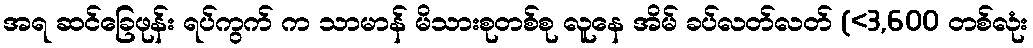
အရ ဆင်ခြေဖုန်း ရပ်ကွက် က သာမာန် မိသားစုတစ်စု လူနေ အိမ် ခပ်လတ်လတ် (<3,600 တစ်လုံး